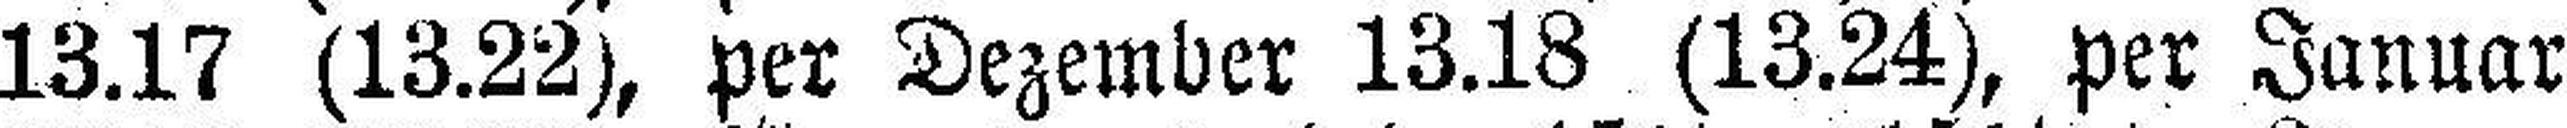
13.17 (13.22), per Dezember 13.18 (13.24), per Januar